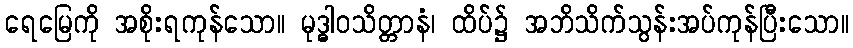
ရေမြေကို အစိုးရကုန်သော။ မုဒ္ဓါဝသိတ္တာနံ၊ ထိပ်၌ အဘိသိက်သွန်းအပ်ကုန်ပြီးသော။